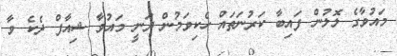
މައުވާގެ ލޮލުން ފައިބާ ކަރުނަތައް ހެކިވަމުން ދަނީ މައުވާ ޝިއާފް ދެކެ ވާ